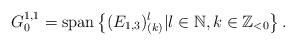
LaTeX: \begin{align*}G^{1,1}_{0}={\rm span}\left\{(E_{1,3})^{l}_{(k)}|l\in \mathbb{N} ,k\in \mathbb{Z}_{<0}\right\}.\end{align*}